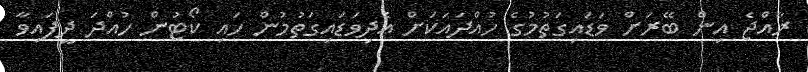
ރާއްޖެ އިން ބޭރަށް ވަޑައިގަތުމުގެ ހުއްދައަކަށް އެދިވަޑައިގަތުމުން ހައި ކޯޓުން ހުއްދަ ދީފައިވާ